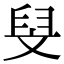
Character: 𮍧